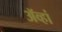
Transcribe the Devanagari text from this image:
ॲव्हां